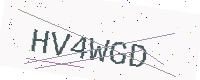
Text: HV4WGD